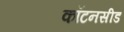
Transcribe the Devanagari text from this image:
कॉटनसीड